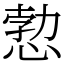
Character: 愂